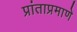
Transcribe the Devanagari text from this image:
प्रांताप्रमाणे